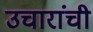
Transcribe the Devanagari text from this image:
उचारांची